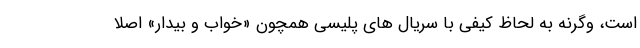
است، وگرنه به لحاظ کیفی با سریال های پلیسی همچون «خواب و بیدار» اصلا